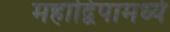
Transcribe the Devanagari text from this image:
महाद्विपामध्ये